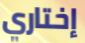
إختاري